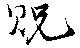
貺